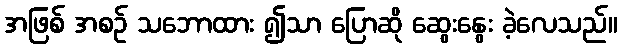
အဖြစ် အစဉ် သဘောထား ၍သာ ပြောဆို ဆွေးနွေး ခဲ့လေသည်။